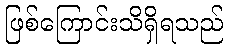
ဖြစ်ကြောင်းသိရှိရသည်